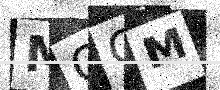
Text: MQOM